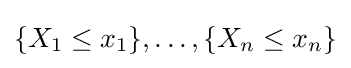
\{X_{1}\leq x_{1}\},\ldots ,\{X_{n}\leq x_{n}\}